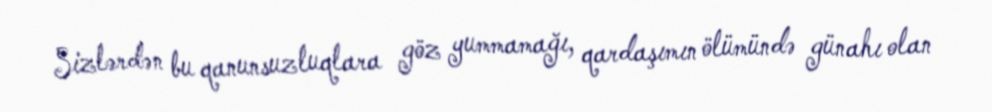
Sizlərdən bu qanunsuzluqlara göz yummamağı, qardaşımın ölümündə günahı olan